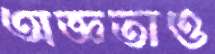
অজ্ঞতাও